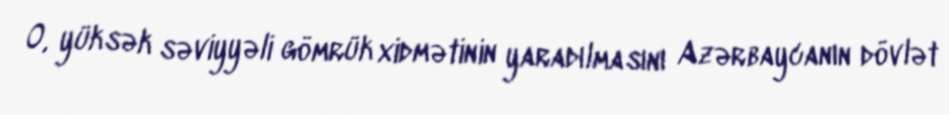
O, yüksək səviyyəli gömrük xidmətinin yaradılmasını Azərbaycanın dövlət